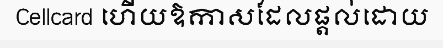
Cellcard ហើយឱកាសដែលផ្តល់ដោយ